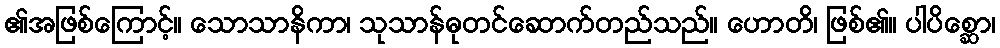
၏အဖြစ်ကြောင့်။ သောသာနိကာ၊ သုသာန်ဓုတင်ဆောက်တည်သည်။ ဟောတိ၊ ဖြစ်၏။ ပါပိစ္ဆော၊